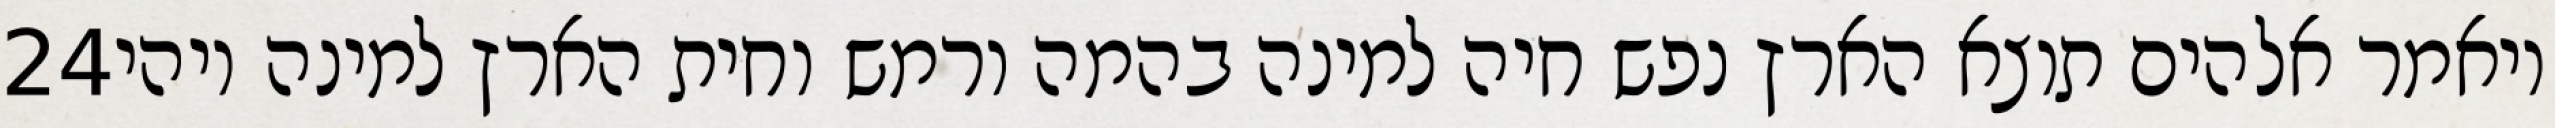
‎24‏ ויאמר אלהים תוצא הארץ נפש חיה למינה בהמה ורמש וחית הארץ למינה ויהי